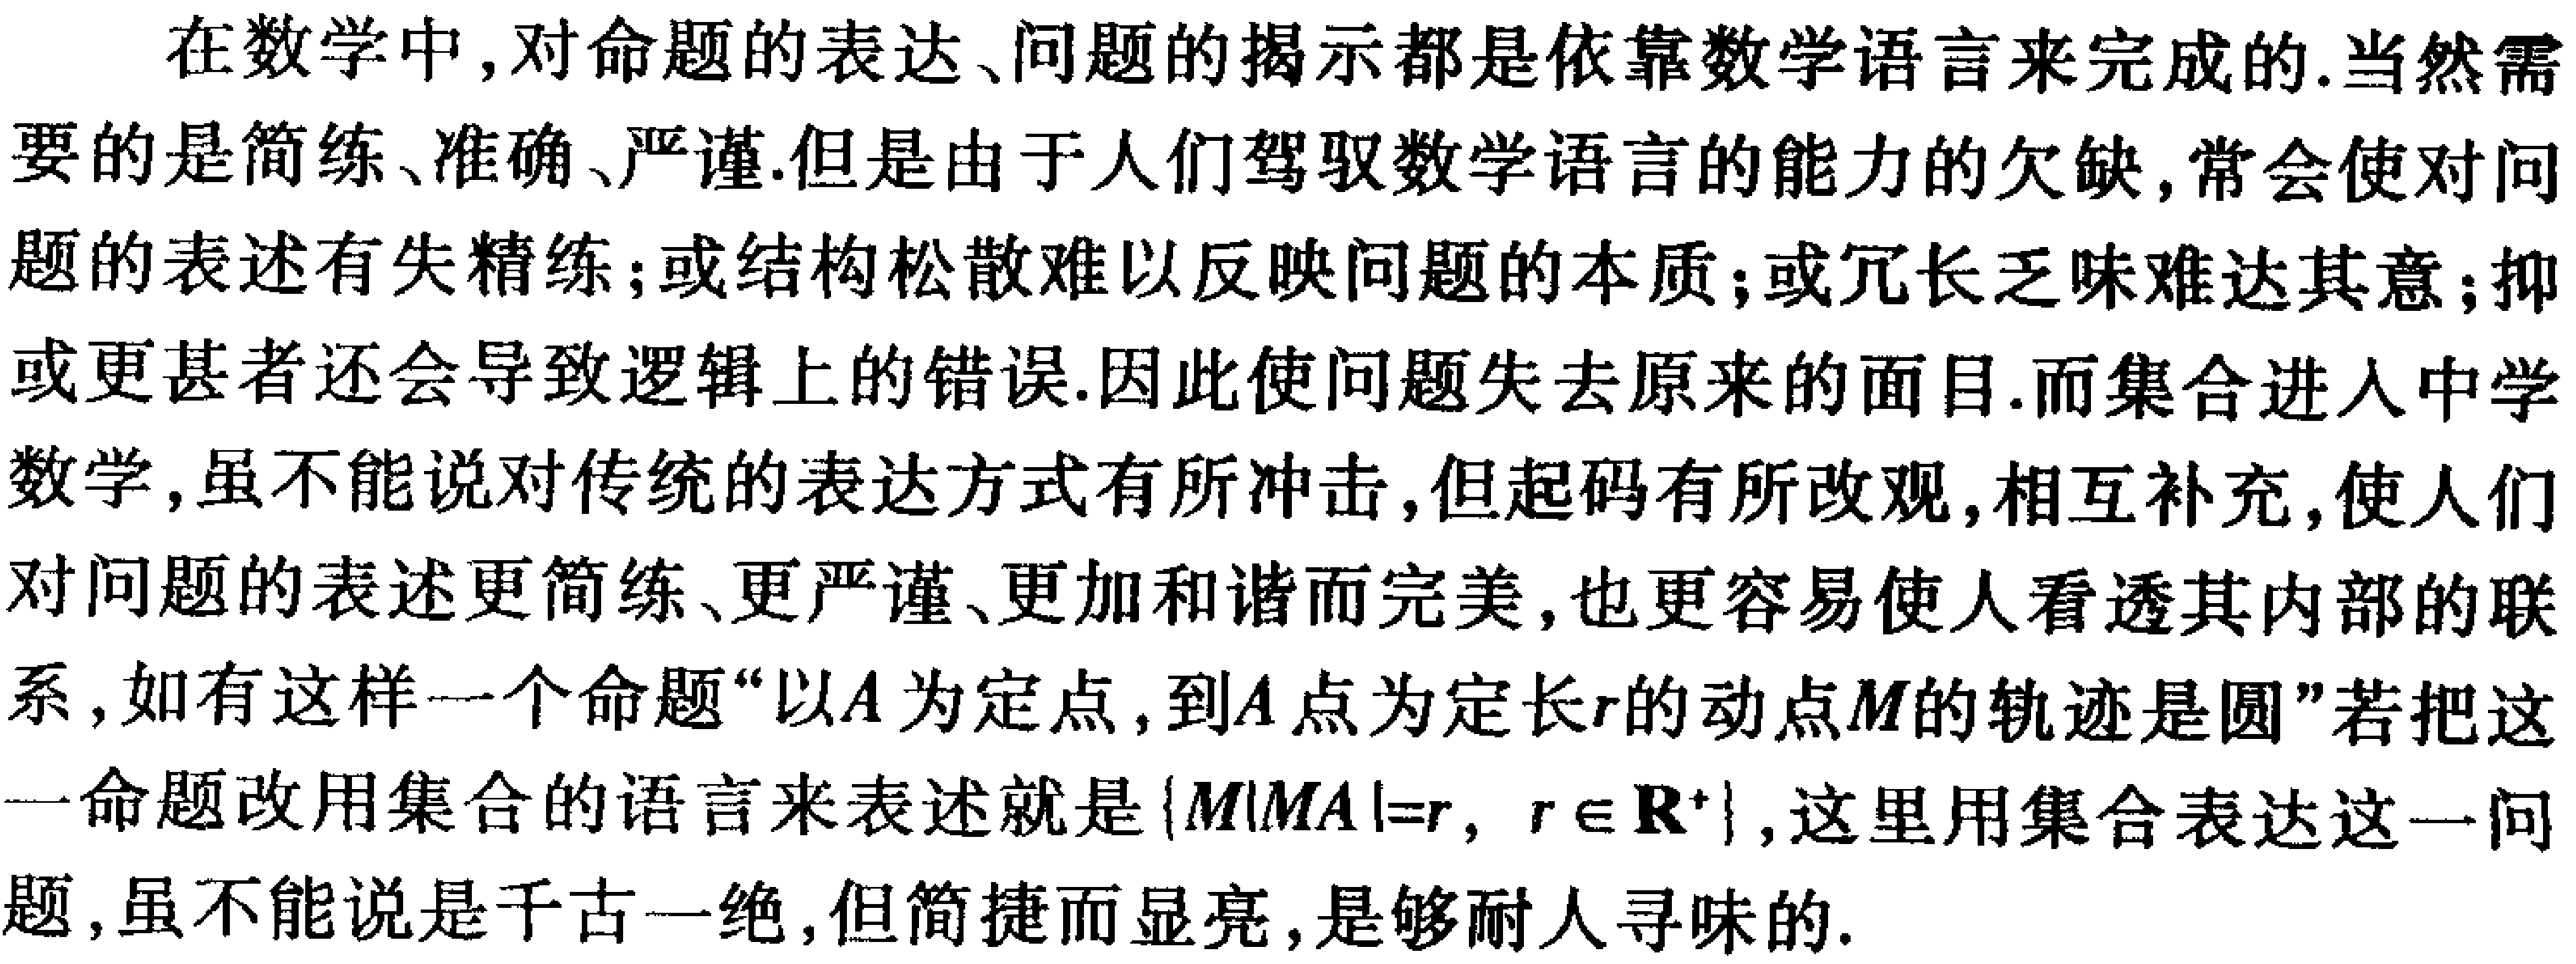
在数学中，对命题的表达、问题的揭示都是依靠数学语言来完成的.当然需要的是简练、准确、严谨.但是由于人们驾驭数学语言的能力的欠缺,常会使对问题的表述有失精练；或结构松散难以反映问题的本质；或冗长乏味难达其意；抑或更甚者还会导致逻辑上的错误.因此使问题失去原来的面目.而集合进入中学数学,虽不能说对传统的表达方式有所冲击,但起码有所改观,相互补充,使人们对问题的表述更简练、更严谨、更加和谐而完美,也更容易使人看透其内部的联系,如有这样一个命题“以\(A\)为定点,到\(A\)点为定长\(r\)的动点\(M\)的轨迹是圆”若把这一命题改用集合的语言来表述就是\(\{M\vert MA = r, r\in\mathbf{R}^{+}\}\),这里用集合表达这一问题,虽不能说是千古一绝,但简捷而显亮,是够耐人寻味的.